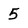
Character: 5